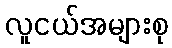
လူငယ်အများစု